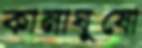
কানাঘুষো